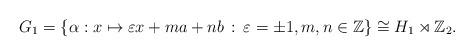
LaTeX: \begin{align*} G_1 & =\{\alpha : x \mapsto \varepsilon x + ma+nb \, : \, \varepsilon = \pm 1, m, n\in \mathbb{Z}\} \cong H_1\rtimes \mathbb{Z}_2.\end{align*}